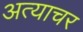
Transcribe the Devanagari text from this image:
अत्याचर